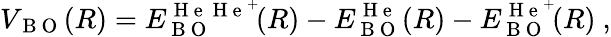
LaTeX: V_{\mathrm{~B~O~}}(R)=E_{\mathrm{~B~O~}}^{\mathrm{~H~e~}\mathrm{~H~e~}^{+}}\! (R)-E_{\mathrm{~B~O~}}^{\mathrm{~H~e~}}(R)-E_{\mathrm{~B~O~}}^{\mathrm{~H~e~}^{+}}\! (R)\ ,